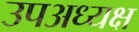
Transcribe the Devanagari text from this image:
उपअध्यक्ष